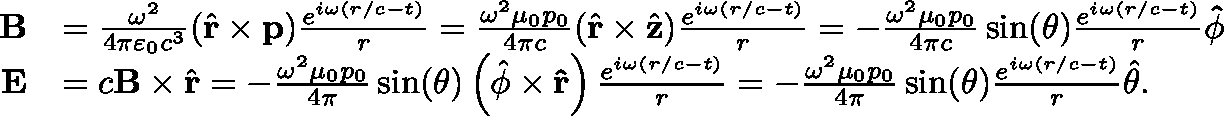
{ \begin{array} { r l } { \mathbf { B } } & { = { \frac { \omega ^ { 2 } } { 4 \pi \varepsilon _ { 0 } c ^ { 3 } } } ( { \hat { \mathbf { r } } } \times \mathbf { p } ) { \frac { e ^ { i \omega ( r / c - t ) } } { r } } = { \frac { \omega ^ { 2 } \mu _ { 0 } p _ { 0 } } { 4 \pi c } } ( { \hat { \mathbf { r } } } \times { \hat { \mathbf { z } } } ) { \frac { e ^ { i \omega ( r / c - t ) } } { r } } = - { \frac { \omega ^ { 2 } \mu _ { 0 } p _ { 0 } } { 4 \pi c } } \sin ( \theta ) { \frac { e ^ { i \omega ( r / c - t ) } } { r } } \mathbf { \hat { \phi } } } \\ { \mathbf { E } } & { = c \mathbf { B } \times { \hat { \mathbf { r } } } = - { \frac { \omega ^ { 2 } \mu _ { 0 } p _ { 0 } } { 4 \pi } } \sin ( \theta ) \left( { \hat { \phi } } \times \mathbf { \hat { r } } \right) { \frac { e ^ { i \omega ( r / c - t ) } } { r } } = - { \frac { \omega ^ { 2 } \mu _ { 0 } p _ { 0 } } { 4 \pi } } \sin ( \theta ) { \frac { e ^ { i \omega ( r / c - t ) } } { r } } { \hat { \theta } } . } \end{array} }